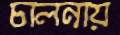
চালনায়